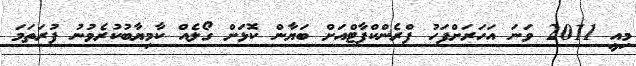
މިއީ 2011 ވަނަ އަހަރަށްފަހު ފްރެންކްފާޓްއަށް ބަޔާން ކޮޅަށް ގޯލެއް ކާމިޔާބުކުރެވުނު ފުރަތަމަ